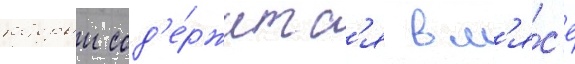
которыи сод'е́ржитс'я в м'я́с'е